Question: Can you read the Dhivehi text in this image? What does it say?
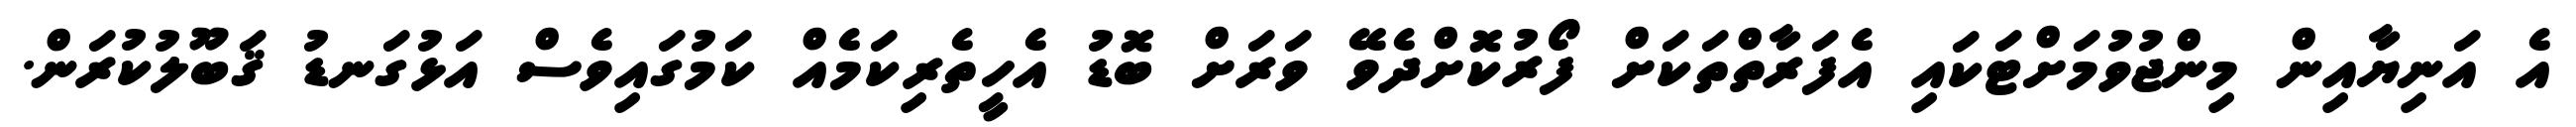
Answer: އެ އަނިޔާއިން މިންޖުވުމަށްޓަކައި އެފަރާތްތަކަށް ފޯރުކޮށްދެވޭ ވަރަށް ބޮޑު އެހީތެރިކަމެއް ކަމުގައިވެސް އަޅުގަނޑު ޤަބޫލުކުރަން.